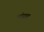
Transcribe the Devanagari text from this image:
पांडला